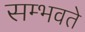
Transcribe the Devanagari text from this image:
सम्भवते